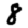
Digit: 8